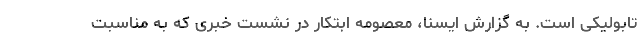
تابولیکی است. به گزارش ایسنا، معصومه ابتکار در نشست خبری که به مناسبت